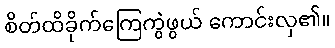
စိတ်ထိခိုက်ကြေကွဲဖွယ် ကောင်းလှ၏။